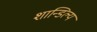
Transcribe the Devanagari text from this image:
शान्डिल्य